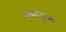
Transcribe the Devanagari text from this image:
न्यूनतापूरक